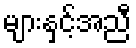
များနှင့်အညီ